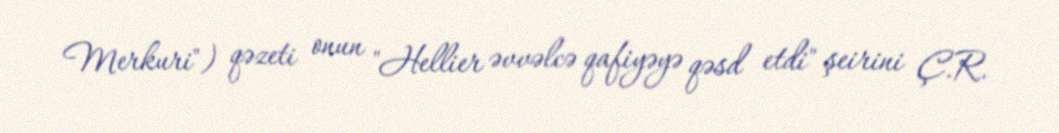
Merkuri") qəzeti onun "Hellier əvvəlcə qafiyəyə qəsd etdi" şeirini Ç.R.